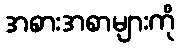
အစားအစာများကို